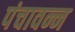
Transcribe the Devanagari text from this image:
पंचावन्न